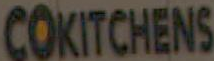
COKITCHENS